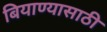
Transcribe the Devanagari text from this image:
बियाण्यासाठी